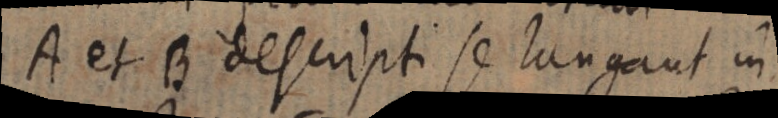
A et B descripti se lungant in